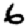
Digit: 6